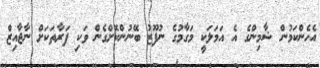
އެހެންކަމުން ޝާމިންގެ އެ އަމަލަކީ މަގާމުގެ ނުފޫޒު ބޭނުންކޮށްގެން ވަކި ފަރާތަކަށް ނާޖާއިޒް